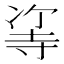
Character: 𠗭